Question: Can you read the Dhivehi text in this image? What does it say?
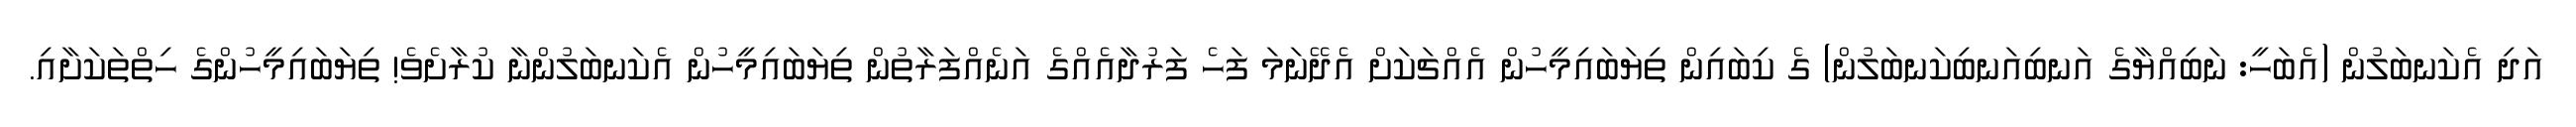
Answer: އަދި އެކަނބަލުން (އެބަހީ: ނަބިއްޔާގެ އަނބިއަނބިކަނބަލުން) ގެ ކިބައިން ތިޔަބައިމީހުން އެއްޗަކަށް އެދޭނަމަ ފަހެ ފަރުދާއެއްގެ އަނެއްފަރާތުން ތިޔަބައިމީހުން އެކަނބަލުންނާ ކުރާށެވެ! ތިޔަބައިމީހުންގެ ހިތްތަކަށާއި.